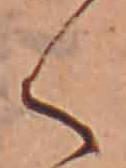
く